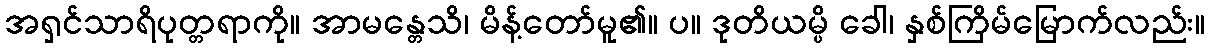
အရှင်သာရိပုတ္တရာကို။ အာမန္တေသိ၊ မိန့်တော်မူ၏။ ပ။ ဒုတိယမ္ပိ ခေါ၊ နှစ်ကြိမ်မြောက်လည်း။